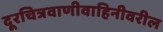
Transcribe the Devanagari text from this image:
दूरचित्रवाणीवाहिनीवरील